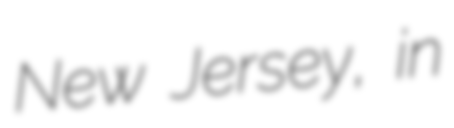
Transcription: New Jersey, in